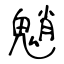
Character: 魈